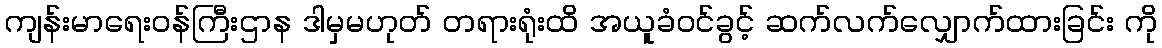
ကျန်းမာရေးဝန်ကြီးဌာန ဒါမှမဟုတ် တရားရုံးထိ အယူခံဝင်ခွင့် ဆက်လက်လျှောက်ထားခြင်း ကို